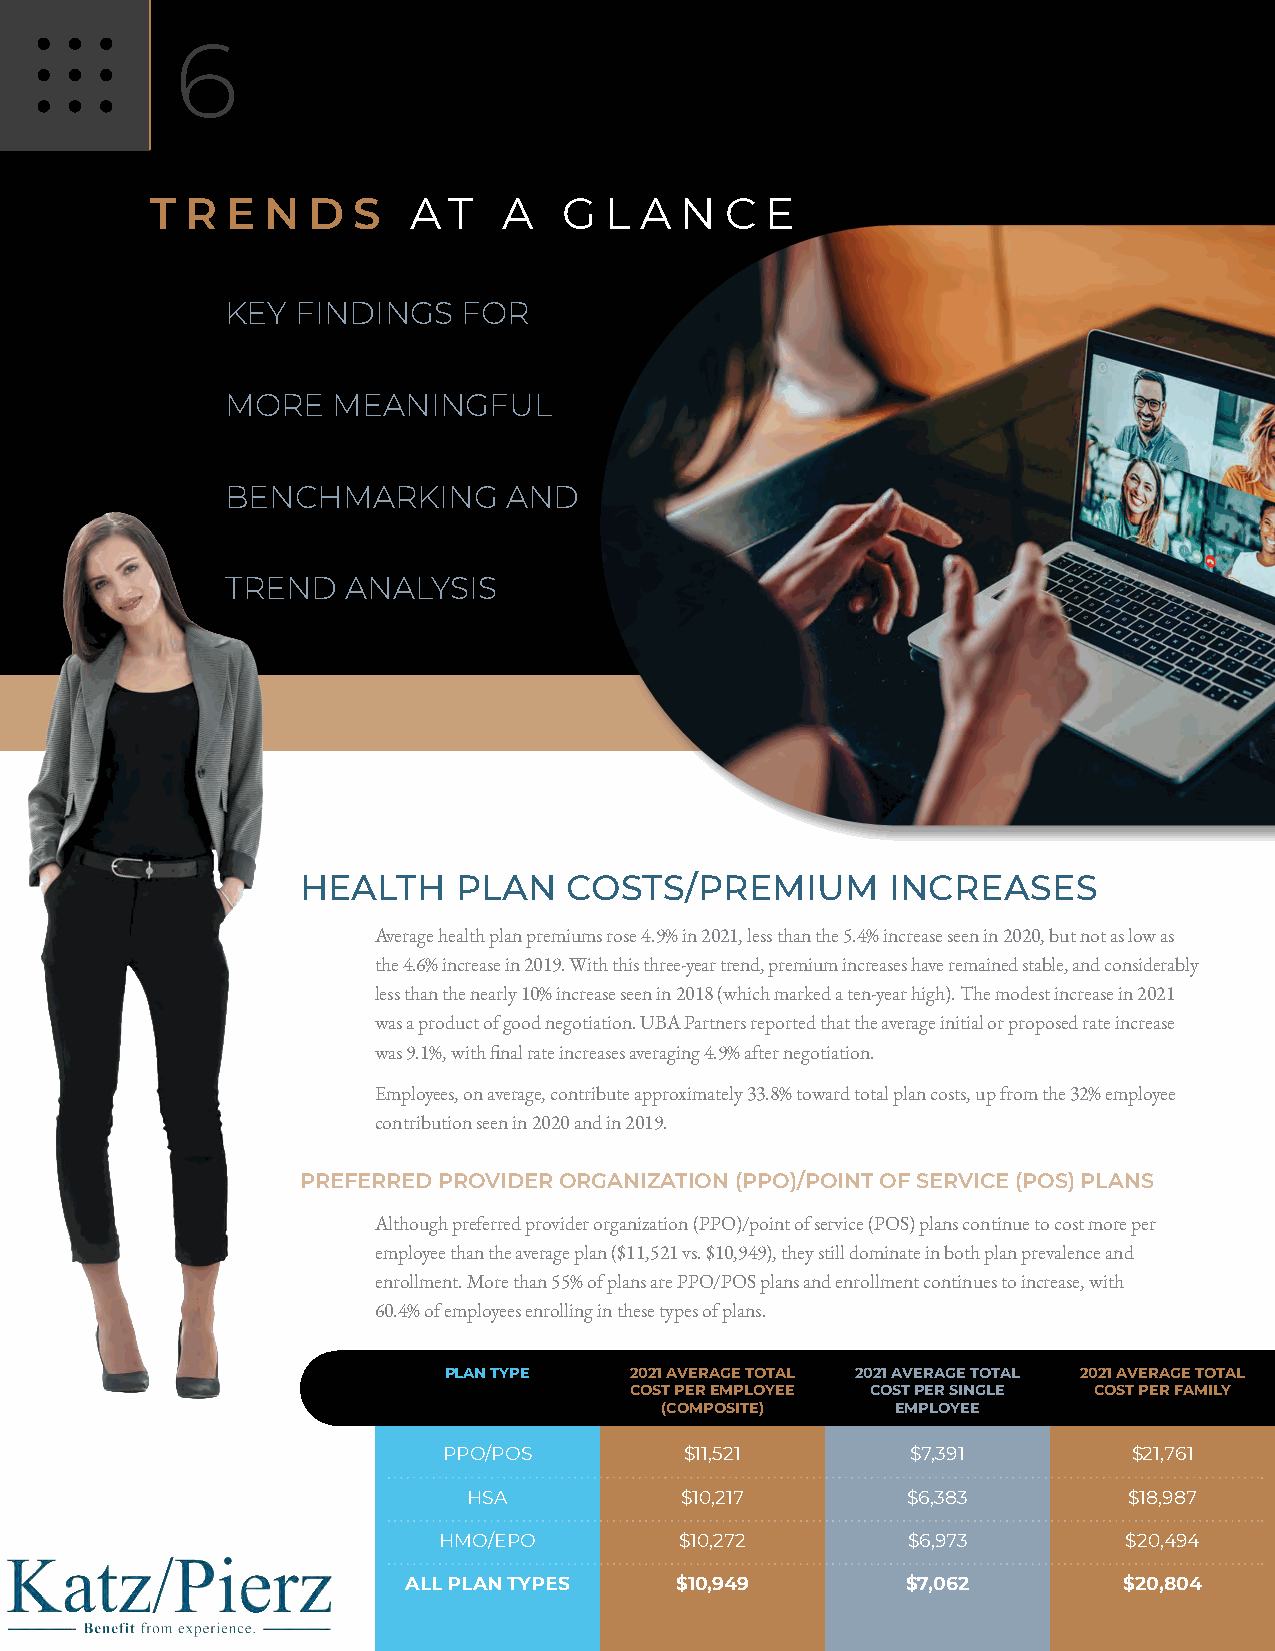
6
 T R  E N  D  S   A  T  A   G  L A  N  C  E
 KEY  FINDINGS   FOR
 MORE   MEANINGFUL
 BENCHMARKING      AND
 TREND   ANALYSIS
 HEALTH    PLAN    COSTS/PREMIUM        INCREASES
 Average health plan premiums rose 4.9% in 2021, less than the 5.4% increase seen in 2020, but not as low as
 the 4.6% increase in 2019. With this three-year trend, premium increases have remained stable, and considerably
 less than the nearly 10% increase seen in 2018 (which marked a ten-year high). The modest increase in 2021
 was a product of good negotiation. UBA Partners reported that the average initial or proposed rate increase
 was 9.1%, with final rate increases averaging 4.9% after negotiation.
 Employees, on average, contribute approximately 33.8% toward total plan costs, up from the 32% employee
 contribution seen in 2020 and in 2019.
 PREFERRED PROVIDER ORGANIZATION (PPO)/POINT OF SERVICE (POS) PLANS
 Although preferred provider organization (PPO)/point of service (POS) plans continue to cost more per
 employee than the average plan ($11,521 vs. $10,949), they still dominate in both plan prevalence and
 enrollment. More than 55% of plans are PPO/POS plans and enrollment continues to increase, with
 60.4% of employees enrolling in these types of plans.
 PLAN TYPE    2021 AVERAGE TOTAL 2021 AVERAGE TOTAL 2021 AVERAGE TOTAL
 COST PER EMPLOYEE COST PER SINGLE COST PER FAMILY
 (COMPOSITE)    EMPLOYEE
 PPO/POS         $11,521        $7,391         $21,761
 HSA           $10,217        $6,383         $18,987
 HMO/EPO         $10,272        $6,973         $20,494
 ALL PLAN TYPES    $10,949        $7,062        $20,804